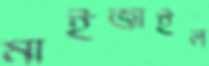
মাইজাইল